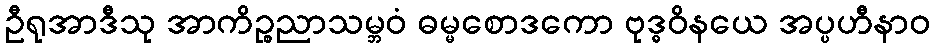
ဦရုအာဒီသု အာကိဉ္စညာသမ္ဘဝံ ဓမ္မစောဒကော ဗုဒ္ဓဝိနယေ အပ္ပဟီနာဝ